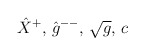
\begin{align*}{\hat{X}}^{+}, \, {\hat{g}}^{--}, \, \sqrt{g}, \, c\end{align*}